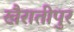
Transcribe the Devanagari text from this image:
खैरातीपुर